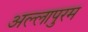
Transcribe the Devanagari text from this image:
अल्लापुरम